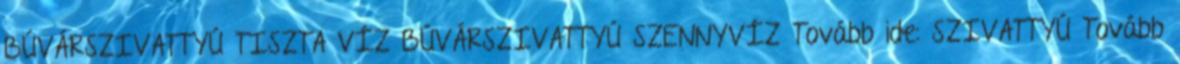
BÚVÁRSZIVATTYÚ TISZTA VÍZ BÚVÁRSZIVATTYÚ SZENNYVÍZ Tovább ide: SZIVATTYÚ Tovább